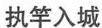
执竿入城